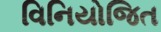
વિનિયોજિત